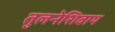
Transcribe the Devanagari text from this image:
तुलनेशिवाय